Civil Veterinary Department Bihar reports 1936-40 - 1936-1940
Year: 1936
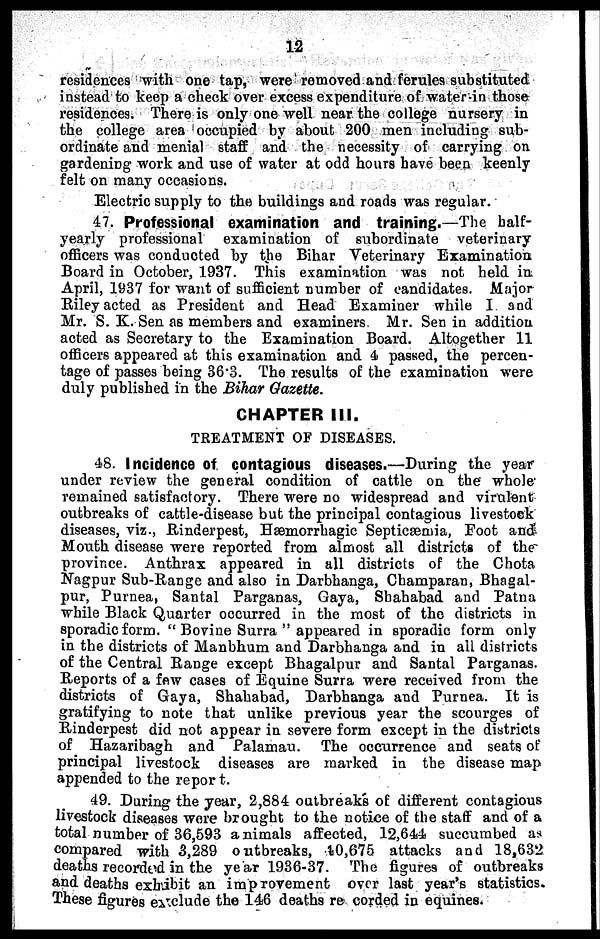
12
residences with one tap, were removed and ferules substituted
instead to keep a check over excess expenditure of water in those
residences. There is only one well near the college nursery in
the college area occupied by about 200 men including sub-
ordinate and menial staff and the necessity of carrying on
gardening work and use of water at odd hours have been keenly
felt on many occasions.
Electric supply to the buildings and roads was regular.
47. Professional examination and training.—The half-
yearly professional examination of subordinate veterinary
officers was conducted by the Bihar Veterinary Examination
Board in October, 1937. This examination was not held in
April, 1937 for want of sufficient number of candidates. Major
Riley acted as President and Head Examiner while I and
Mr. S. K. Sen as members and examiners Mr. Sen in addition
acted as Secretary to the Examination Board. Altogether 11
officers appeared at this examination and 4 passed, the percen-
tage of passes being 36.3. The results of the examination were
duly published in the Bihar Gazette.
CHAPTER III.
TREATMENT OF DISEASES.
48. Incidence of contagious diseases.—During the year
under review the general condition of cattle on the whole
remained satisfactory. There were no widespread and virulent
outbreaks of cattle-disease but the principal contagious livestock
diseases, viz., Rinderpest, Hæmorrhagic Septicæmia, Foot and
Mouth disease were reported from almost all districts of the
province. Anthrax appeared in all districts of the Chota
Nagpur Sub-Range and also in Darbhanga, Champaran, Bhagal-
pur, Purnea, Santal Parganas, Gaya, Shahabad and Patna
while Black Quarter occurred in the most of the districts in
sporadic form. "Bovine Surra" appeared in sporadic form only
in the districts of Manbhum and Darbhanga and in all districts
of the Central Range except Bhagalpur and Santal Parganas.
Reports of a few cases of Equine Surra were received from the
districts of Gaya, Shahabad, Darbhanga and Purnea. It is
gratifying to note that unlike previous year the scourges of
Rinderpest did not appear in severe form except in the districts
of Hazaribagh and Palamau. The occurrence and seats of
principal livestock diseases are marked in the disease map
appended to the report.
49. During the year, 2,884 outbreaks of different contagious
livestock diseases wore brought to the notice of the staff and of a
total number of 36,593 animals affected, 12,644 succumbed as
compared with 3,289 outbreaks, 10,675 attacks and 18,632
deaths recorded in the year 1936-37. The figures of outbreaks
and deaths exhibit an improvement over last year's statistics.
These figures exclude the 146 deaths re corded in equines.